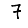
Digit: 7